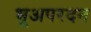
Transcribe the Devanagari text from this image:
भूअपरदन